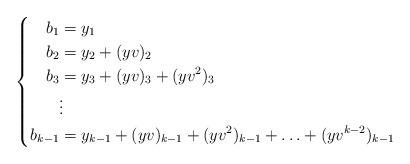
\begin{align*}\left\{\begin{aligned}b_1&=y_1 \\ b_2&=y_2+(yv)_2 \\ b_3&=y_3+(yv)_3+(yv^2)_3 \\ & \vdots \\b_{k-1}&=y_{k-1}+(yv)_{k-1}+(yv^2)_{k-1}+\ldots+(yv^{k-2})_{k-1}\end{aligned}\right.\end{align*}